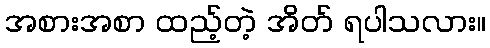
အစားအစာ ထည့်တဲ့ အိတ် ရပါသလား။